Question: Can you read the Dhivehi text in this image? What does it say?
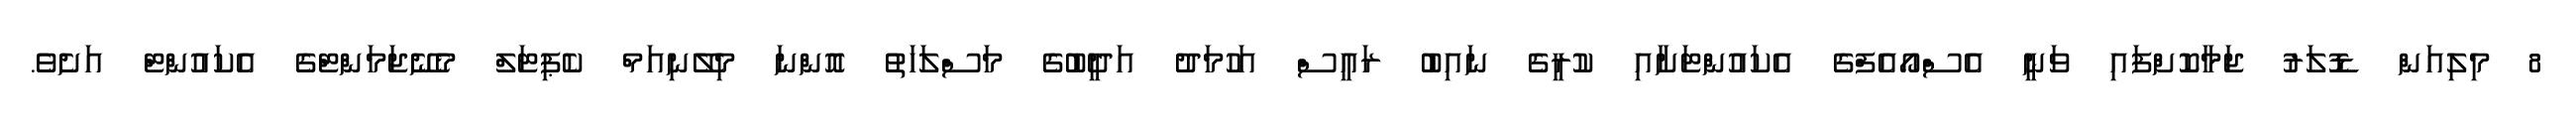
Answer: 8 މިލިއަން ޑޮލަރު ޖަމާކޮށްފައި ވަނީ އެސްއޯއެފްގެ އެކައުންޓަށާއި ކުރީގެ ނައިބު ރައީސް އަހުމަދު އަދީބުގެ މަސްލަހަތު އޮންނަ މިލޭނިއަމް ކެޕިޓަލް މެނޭޖަމަންޓްގެ އެކައުންޓް އަށެވެ.